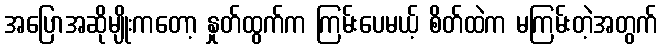
အပြောအဆိုမျိုးကတော့ နှုတ်ထွက်က ကြမ်းပေမယ့် စိတ်ထဲက မကြမ်းတဲ့အတွက်